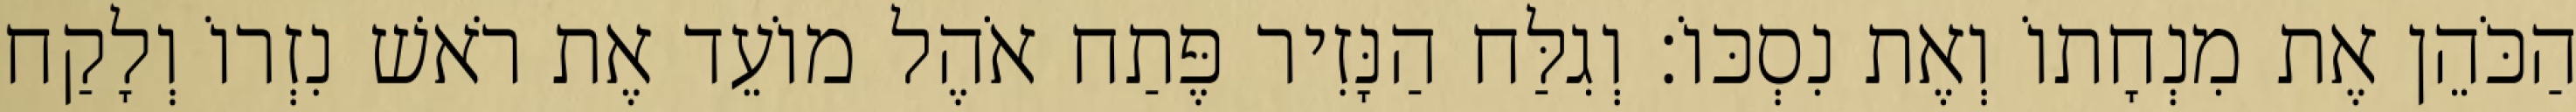
הַכֹּהֵן אֶת מִנְחָתוֹ וְאֶת נִסְכּוֹ׃ וְגִלַּח הַנָּזִיר פֶּתַח אֹהֶל מוֹעֵד אֶת רֹאשׁ נִזְרוֹ וְלָקַח